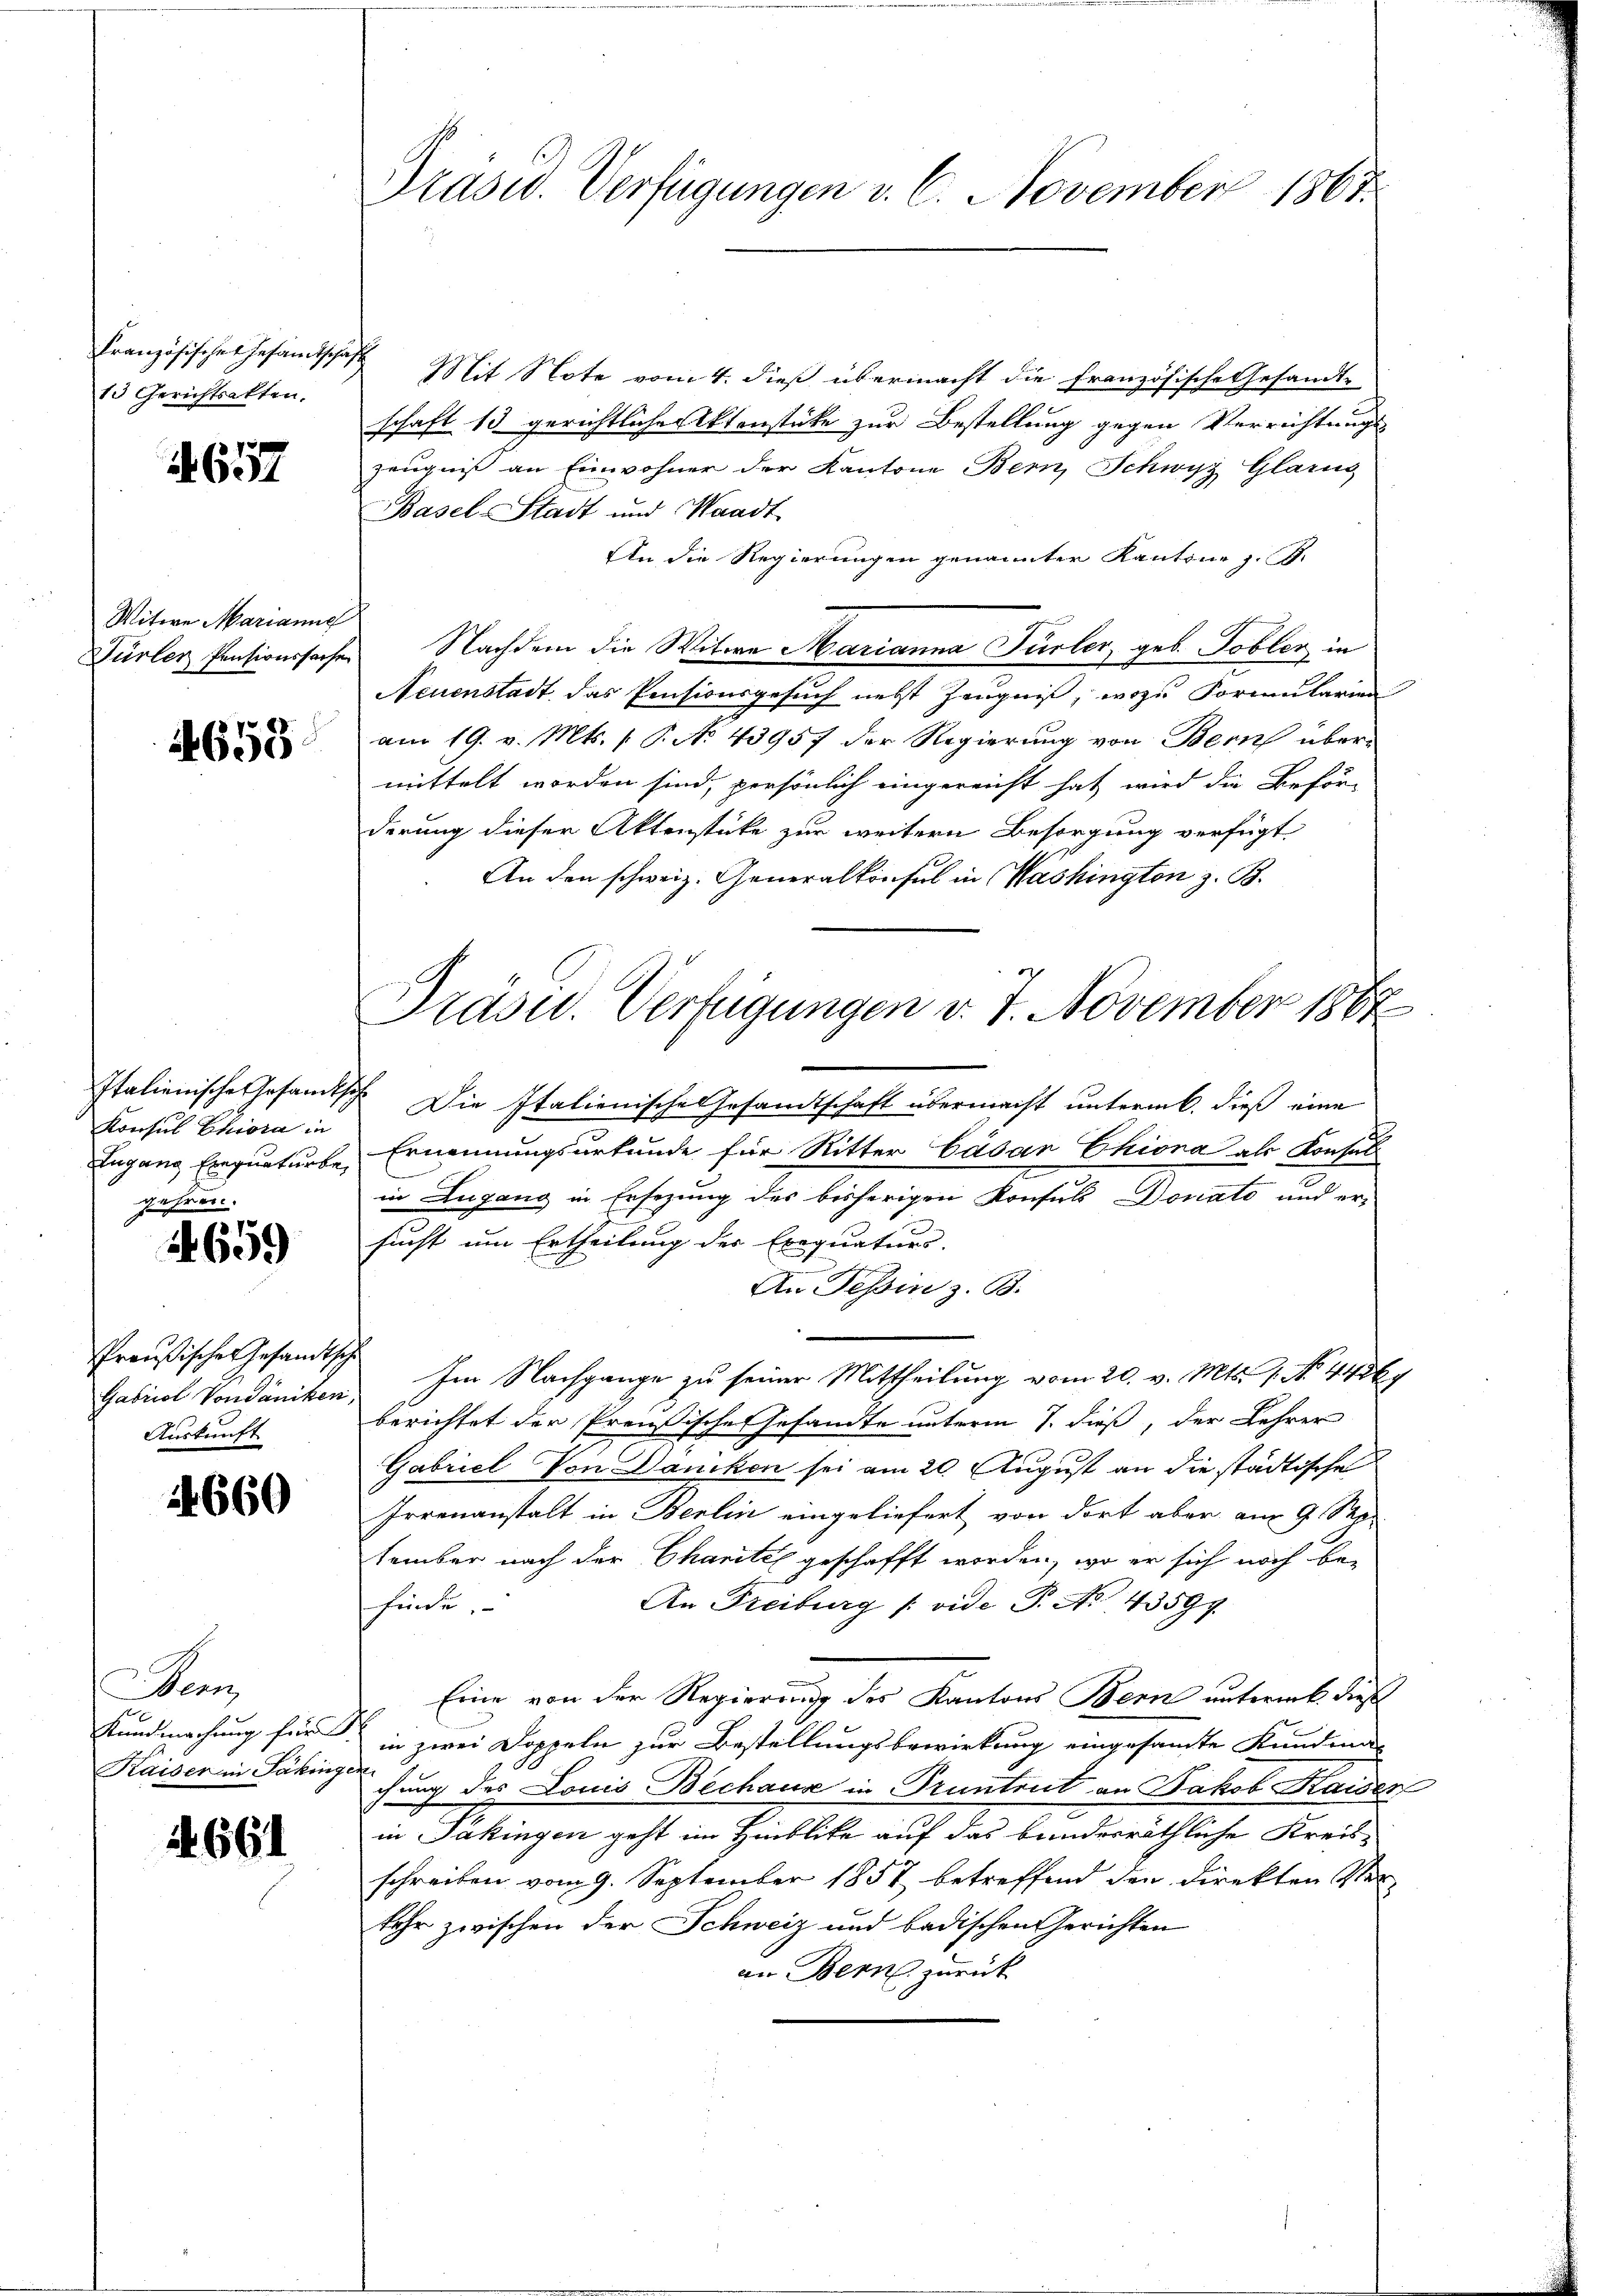
13 Gerichtsakten.

1. 657

Witwe Marianna

4658

Konsul Chiora in
Lugang Einquaturbe
gehren.

14659

Preußische Gesandtsche
Auskunft

1660

an
Kaiser in Säkingen

4. 661

Präsid. Verfügungen v. 6. November 1867.

Französische Gesamtschaft Mit Note vom 4. dieß übermacht die französische Gesandt-
schaft 13 gerichtlicher Aktenstüke zur Bestellung gegen Verrichtungs
zeugniß an Einwohner der Kantone Bern, Schwyz Glarus
Basel-Stadt und Waadt
An die Regierungen genannter Kantone z. B.
Dürler Pensionssaches Nachdem die Witwe Marianna Fürler, geb. Tobler in
Neuenstadt das Pensionsgesuch nebst Zeugnis, wozu Formularien
am 19. v. Mts. (T. No 43957 der Regierung von Bern übermittelt worden sind, persönlich eingereicht hat wird die Beförderung dieser Aktenstücke zur weitern Besorgung verfügt
An den schweiz. Generalkonsul in Washington z. B.

Präsid. Verfügungen v. 7. November 1887

Italienische Gesamtsch. Die Italienische Gesandtschaft übermacht unterm 6. dieß eine
Ernennungsurkunde für Ritter Cäsar Chiona als Konsal
t
in Lugang in Ersezung des bisherigen Konsuls Donato und er-
sucht um Ertheilung der Exequaturs.
An Tessin z. B.
Gabiiol Vondäniken. Im Nachgange zu seiner Mittheilung vom 20. v. Mts. 1. No. 443 f
berichtet der Preußische Gesandte unterm 7. dieß, der Lehrer
Gabriel Von Dancken sei am 20. August an die städtische
Irrenanstalt in Berlin eingeliefert von dort aber am 9. Sep.
tember nach der Charitel geschafft worden, wo er sich noch be-
An Freiburg /: vide P. No 43594.
finde.
Eine von der Regierung des Kantons Bern untert dieß
Kundmachung für in zwei Doppeln zur Bestellungsbewirkung eingesamte Kundma-
chung des Louis Bechause in Truntrut an Jakob Kaiser
in Pakingen geht im Hinblicke auf das bundesräthliche Kreis-
schreiben vom 9. September 1857 betreffend den Direkten Ver
sehr zwischen der Schweiz und badischen Gerichten
an Bern zurück